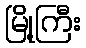
မြို့ကြီး